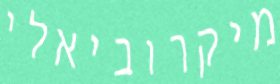
מיקרוביאלי